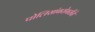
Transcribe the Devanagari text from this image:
पोलिसांबरोबरीने